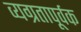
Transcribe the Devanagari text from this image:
व्यग्रतापूर्वक